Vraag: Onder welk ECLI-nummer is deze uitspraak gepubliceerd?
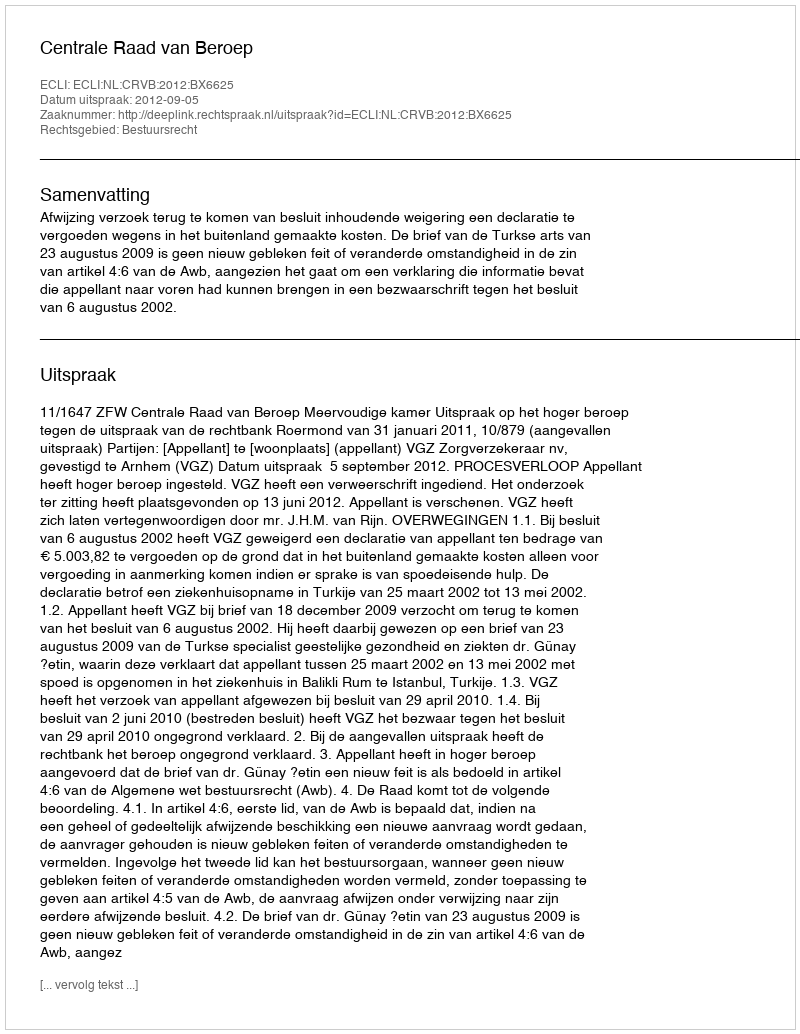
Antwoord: ECLI:NL:CRVB:2012:BX6625